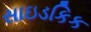
સાઇડકિક